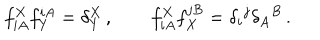
LaTeX: f _ { i A } ^ { X } f _ { Y } ^ { i A } = \delta _ { Y } ^ { X } \, , \qquad f _ { i A } ^ { X } f _ { X } ^ { j B } = \delta _ { i } { } ^ { j } \delta _ { A } { } ^ { B } \, .